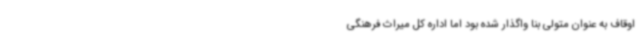
اوقاف به عنوان متولی بنا واگذار شده بود اما اداره کل میراث فرهنگی